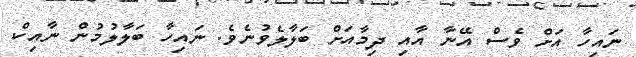
ނައިހާ އަށް ވެސް އޭނާ އާއި ދިމާއަށް ބަލާލެވުނެވެ. ނައިހާ ބަލާލުމުން ނާއިކް